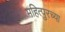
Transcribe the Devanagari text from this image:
महित्पुरच्या